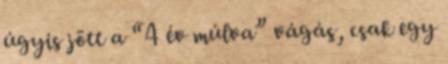
úgyis jött a “4 év múlva” vágás, csak egy